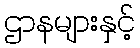
ဌာနများနှင့်